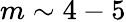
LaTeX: m\sim 4-5